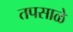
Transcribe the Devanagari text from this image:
तपसाळे